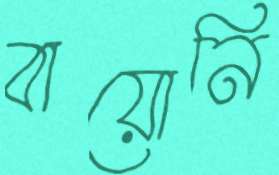
বায়োনি